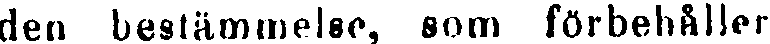
den bestämmelse, som förbehåller